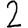
Digit: 2